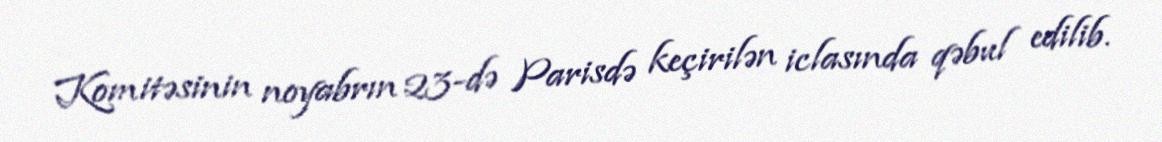
Komitəsinin noyabrın 23-də Parisdə keçirilən iclasında qəbul edilib.